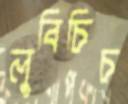
লুবিচিচ